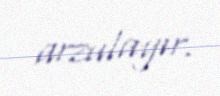
arzulayır.